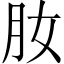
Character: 肗